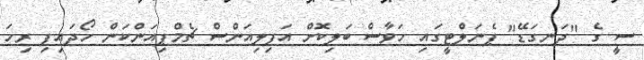
ސީ ގެ "ދަނގަޑޭ" ޕެނަލްޓީގައި ހަވާސް ބަލިކޮށް އަފިލިއަންސް ޗެމްޕިއަންކަން ހޯދައިފި ރިހަ